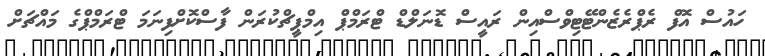
ހައުސް އޮފް ރެޕްރެޒެންޓޭޓިވްސްއިން ރައީސް ޑޮނަލްޑް ޓްރަމްޕް އިމްޕީޗްކުރަން ފާސްކޮށްފިނަމަ ޓްރަމްޕްގެ މައްޗަށް